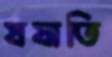
যযাতি